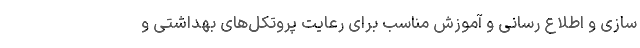
سازی و اطلاع رسانی و آموزش مناسب برای رعایت پروتکل‌های بهداشتی و